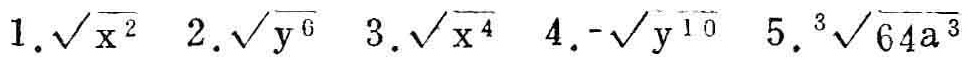
1. $\sqrt{x^{2}}$ 2. $\sqrt{y^{6}}$ 3. $\sqrt{x^{4}}$ 4. $-\sqrt{y^{10}}$ 5. $\sqrt[3]{64a^{3}}$